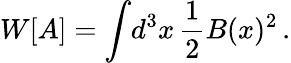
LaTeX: W[A]=\int\! d^{3}x\, \frac{1}{2}B(x)^{2}\, .